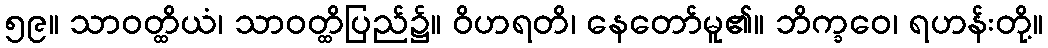
၅၉။ သာဝတ္ထိယံ၊ သာဝတ္ထိပြည်၌။ ဝိဟရတိ၊ နေတော်မူ၏။ ဘိက္ခဝေ၊ ရဟန်းတို့။